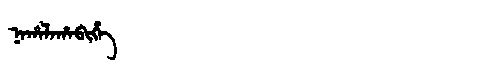
Manchu: ᠨᠠᡥᠠᠯᠠᡥᠠᠪᡳᡥᡝ
Romanization: NAHALAHABIHE